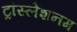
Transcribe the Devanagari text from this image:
ट्रांस्लेशनम